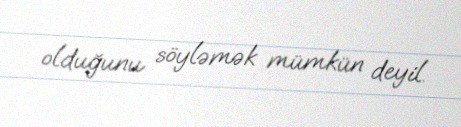
olduğunu söyləmək mümkün deyil.